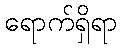
ရောက်ရှိရာ